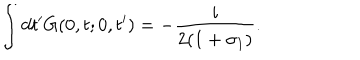
\int d t ^ { \prime } G ( 0 , t ; 0 , t ^ { \prime } ) = - \frac { i } { 2 ( 1 + \sigma _ { 1 } ) } .